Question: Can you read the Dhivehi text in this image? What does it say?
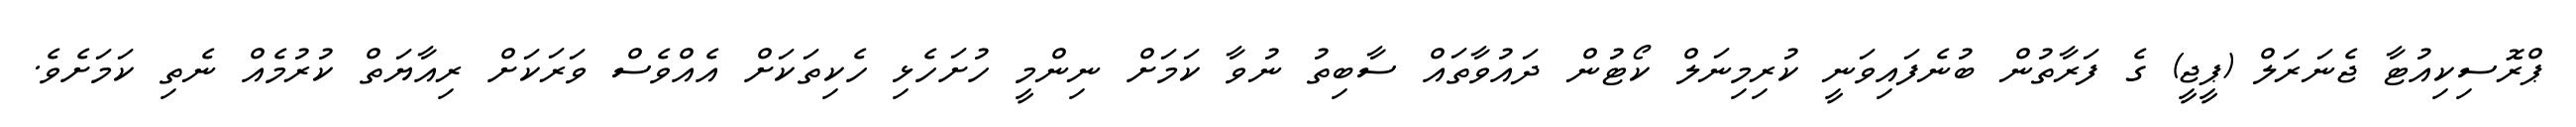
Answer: ޕްރޮސިކިއުޓާ ޖެނަރަލް (ޕީޖީ) ގެ ފަރާތުން ބުނެފައިވަނީ ކުރިމިނަލް ކޯޓުން ދައުވާތައް ސާބިތު ނުވާ ކަމަށް ނިންމީ ހުށަހެޅި ހެކިތަކަށް އެއްވެސް ވަރަކަށް ރިއާޔަތް ކުރުމެއް ނެތި ކަމަށެވެ.